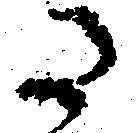
た